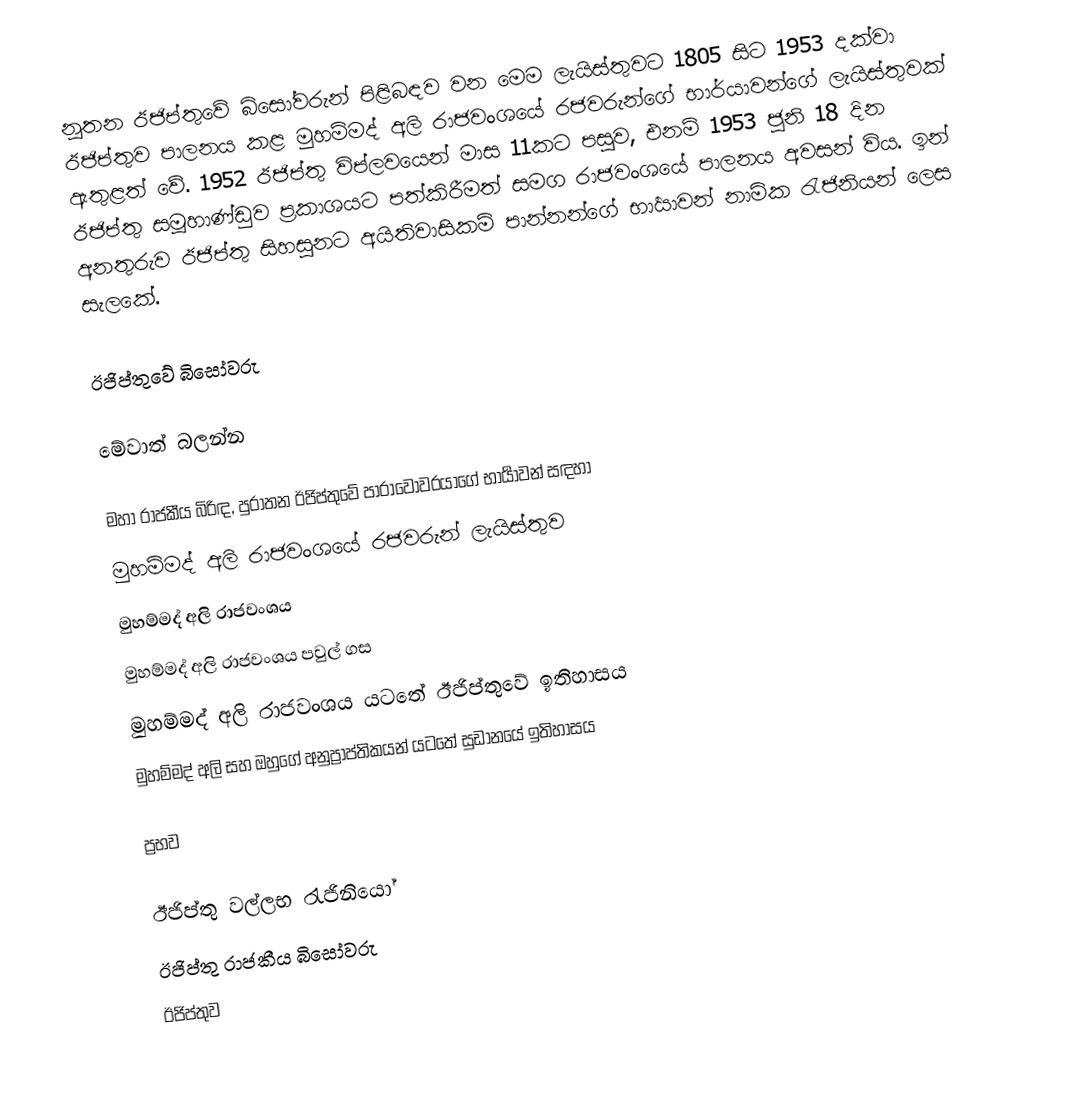
නූතන ඊජිප්තුවේ බිසෝවරුන් පිළිබඳව වන මෙම ලැයිස්තුවට 1805 සිට 1953 දක්වා ඊජිප්තුව පාලනය කළ මුහම්මද් අලි රාජවංශයේ රජවරුන්ගේ භාර්යාවන්ගේ ලැයිස්තුවක් ඇතුළත් වේ. 1952 ඊජිප්තු විප්ලවයෙන් මාස 11කට පසුව, එනම් 1953 ජූනි 18 දින ඊජිප්තු සමූහාණ්ඩුව ප්‍රකාශයට පත්කිරීමත් සමග රාජවංශයේ පාලනය අවසන් විය. ඉන් අනතුරුව ඊජිප්තු සිහසුනට අයිතිවාසිකම් පාන්නන්ගේ භාර්‍යාවන් නාමික රැජිනියන් ලෙස සැලකේ.

ඊජිප්තුවේ බිසෝවරු

මේවාත් බලන්න

මහා රාජකීය බිරිඳ, පුරාතන ඊජිප්තුවේ පාරාවෝවරයාගේ භාර්‍යාවන් සඳහා
මුහම්මද් අලි රාජවංශයේ රජවරුන් ලැයිස්තුව
මුහම්මද් අලි රාජවංශය
මුහම්මද් අලි රාජවංශය පවුල් ගස
මුහම්මද් අලි රාජවංශය යටතේ ඊජිප්තුවේ ඉතිහාසය
මුහම්මද් අලි සහ ඔහුගේ අනුප්‍රාප්තිකයන් යටතේ සුඩානයේ ඉතිහාසය

ප්‍රභව

ඊජිප්තු වල්ලභ රැජිනියෝ
ඊජිප්තු රාජකීය බිසෝවරු
ඊජිප්තුව